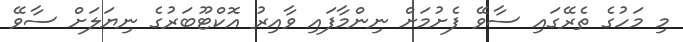
މި މަހުގެ ތެރޭގައި ސާވޭ ފެށުމަށް ނިންމާފައި ވާއިރު އޮކްޓޫބަރުގެ ނިޔަލަށް ސާވޭ